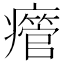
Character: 𤻥